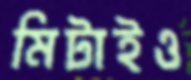
মিটাইও